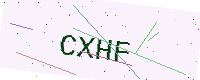
Text: CXHF